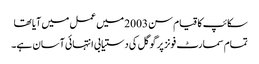
سکائپ کا قیام سن 2003 میں عمل میں آیا تھا
تمام سمارٹ فونز پر گوگل کی دستیابی انتہائی آسان ہے۔